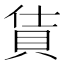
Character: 𫎔